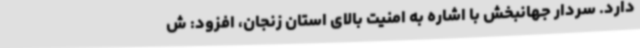
دارد. سردار جهانبخش با اشاره به امنیت بالای استان زنجان، افزود: ش